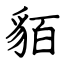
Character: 貊